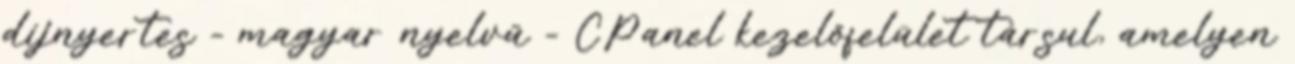
díjnyertes - magyar nyelvű - CPanel kezelőfelület társul, amelyen